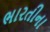
ભારતીના